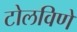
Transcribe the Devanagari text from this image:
टोलविणे